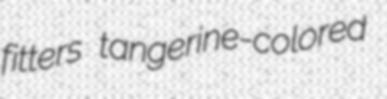
fitters tangerine-colored